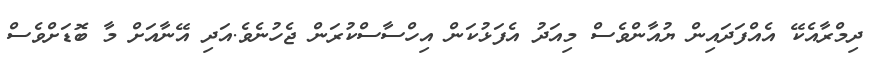
ދިމްރާއެކޭ އެއްފަދައިން ޔުއާންވެސް މިއަދު އެފަޅުކަން އިހްސާސްކުރަން ޖެހުނެވެ.އަދި އޭނާއަށް މާ ބޮޑަށްވެސް